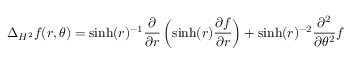
\Delta _ { H ^ { 2 } } f ( r , \theta ) = \sinh ( r ) ^ { - 1 } { \frac { \partial } { \partial r } } \left( \sinh ( r ) { \frac { \partial f } { \partial r } } \right) + \sinh ( r ) ^ { - 2 } { \frac { \partial ^ { 2 } } { \partial \theta ^ { 2 } } } f